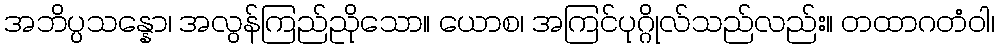
အဘိပ္ပသန္နော၊ အလွန်ကြည်ညိုသော။ ယောစ၊ အကြင်ပုဂ္ဂိုလ်သည်လည်း။ တထာဂတံဝါ၊